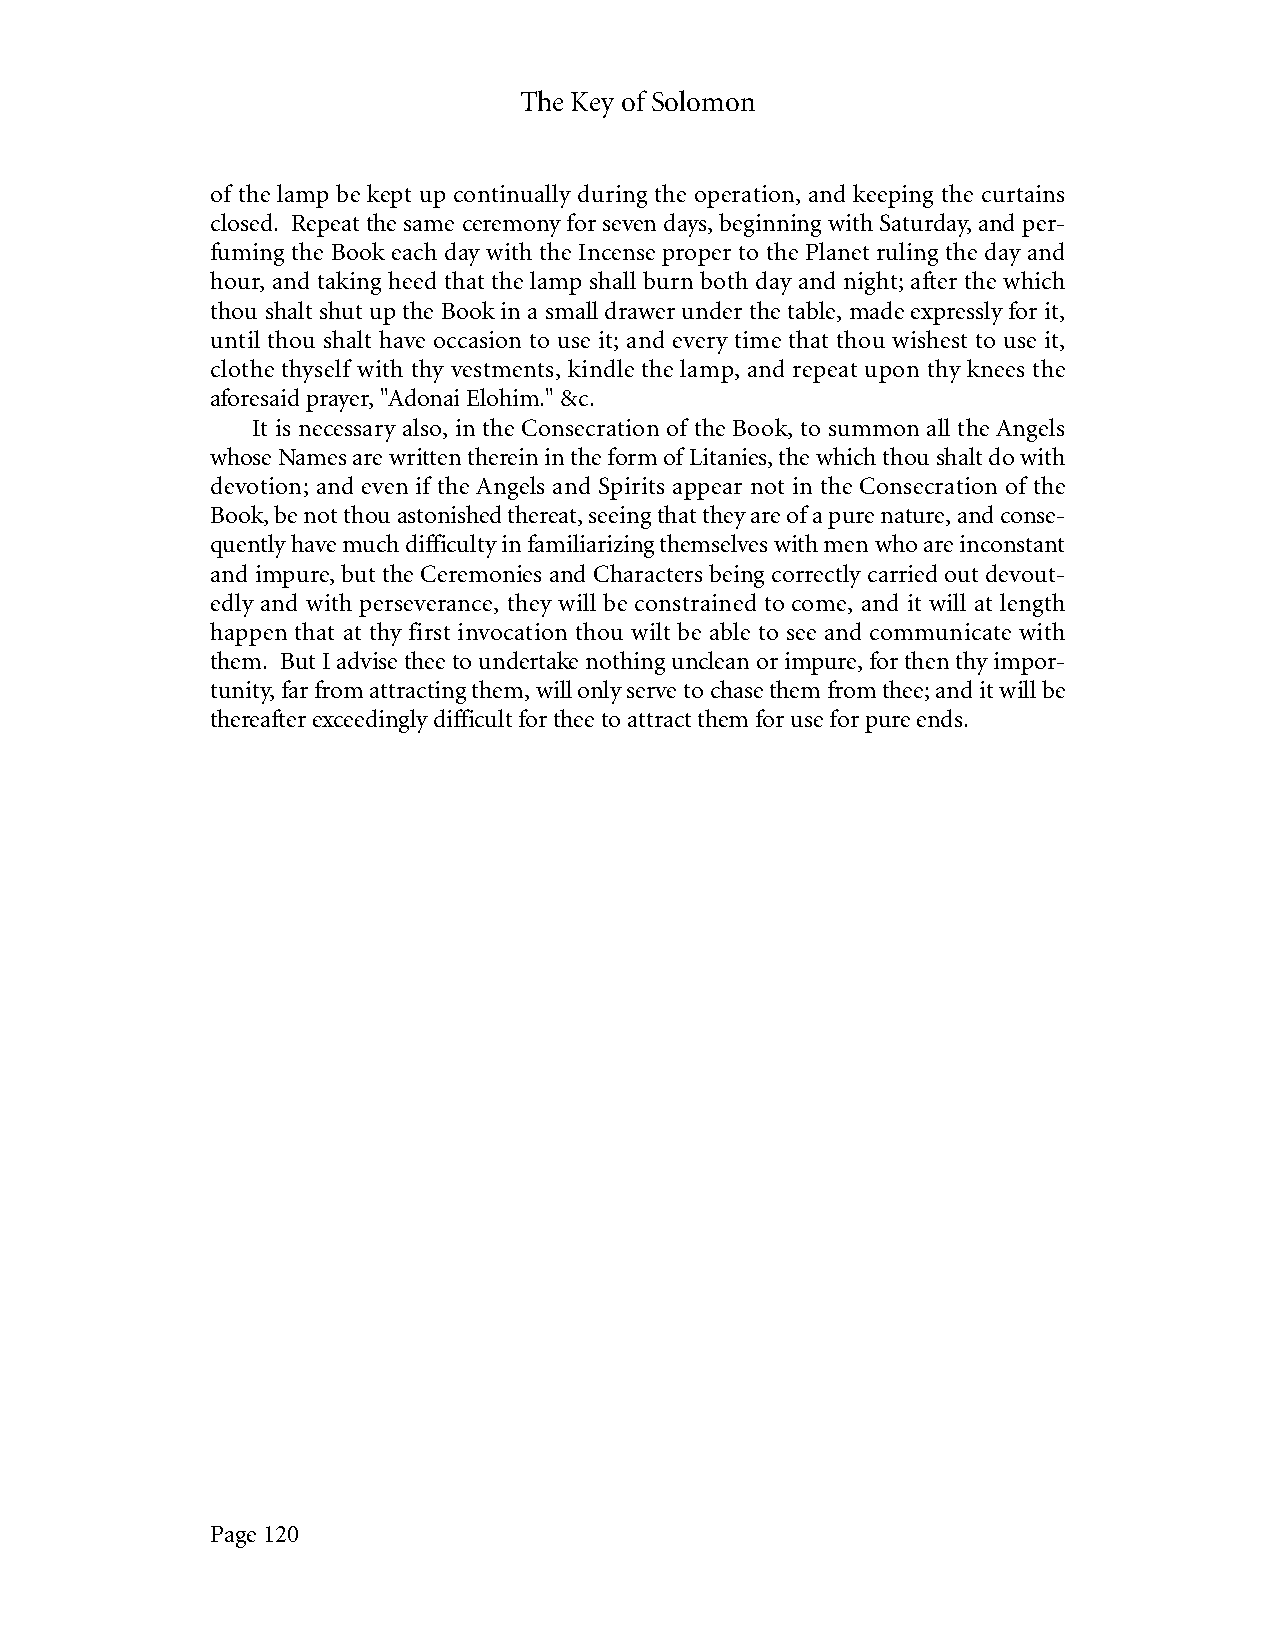
The Key of Solomon
 of the lamp be kept up continually during the operation, and keeping the curtains
 closed. Repeat the same ceremony for seven days, beginning with Saturday, and per-
 fuming the Book each day with the Incense proper to the Planet ruling the day and
 hour, and taking heed that the lamp shall burn both day and night; after the which
 thou shalt shut up the Book in a small drawer under the table, made expressly for it,
 until thou shalt have occasion to use it; and every time that thou wishest to use it,
 clothe thyself with thy vestments, kindle the lamp, and repeat upon thy knees the
 aforesaid prayer, "Adonai Elohim." &c.
 It is necessary also, in the Consecration of the Book, to summon all the Angels
 whose Names are written therein in the form of Litanies, the which thou shalt do with
 devotion; and even if the Angels and Spirits appear not in the Consecration of the
 Book, be not thou astonished thereat, seeing that they are of a pure nature, and conse-
 quently have much difficulty in familiarizing themselves with men who are inconstant
 and impure, but the Ceremonies and Characters being correctly carried out devout-
 edly and with perseverance, they will be constrained to come, and it will at length
 happen that at thy first invocation thou wilt be able to see and communicate with
 them. But I advise thee to undertake nothing unclean or impure, for then thy impor-
 tunity, far from attracting them, will only serve to chase them from thee; and it will be
 thereafter exceedingly difficult for thee to attract them for use for pure ends.
 Page 120